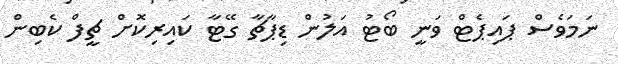
ނަމަވެސް ޕައިޕެޓް ވަނީ ބޯޓު އަލުން ޑިޕާޗާ ގޭޓާ ކައިރިކޮށް ޗީފް ކެބިން